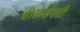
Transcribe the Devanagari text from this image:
वीआईएटी